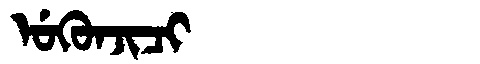
Manchu: ᡠᡴᡠᠨᠵᡳᠴᡳ
Romanization: UKUNJICI